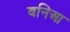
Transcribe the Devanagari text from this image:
बनिआ